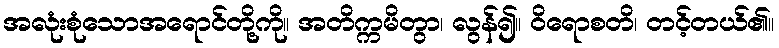
အလုံးစုံသောအရောင်တို့ကို။ အတိက္ကမိတွာ၊ လွန်၍။ ဝိရောစတိ၊ တင့်တယ်၏။